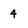
Character: 4